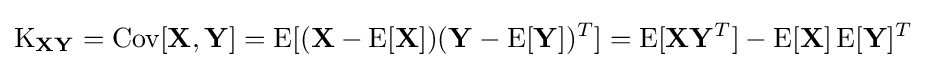
\operatorname {K} _{\mathbf {X} \mathbf {Y} }=\operatorname {Cov} [\mathbf {X} ,\mathbf {Y} ]=\operatorname {E} [(\mathbf {X} -\operatorname {E} [\mathbf {X} ])(\mathbf {Y} -\operatorname {E} [\mathbf {Y} ])^{T}]=\operatorname {E} [\mathbf {X} \mathbf {Y} ^{T}]-\operatorname {E} [\mathbf {X} ]\operatorname {E} [\mathbf {Y} ]^{T}